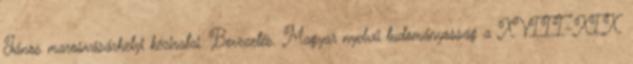
János marosvásárhelyi kéziratai. Bevezetés. Magyar nyelvű tudományosság a XVIII-XIX.